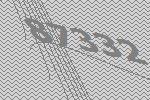
87332